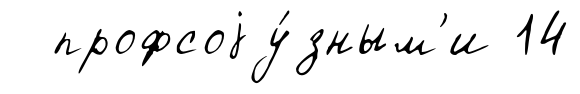
профсоjу́зным'и 14